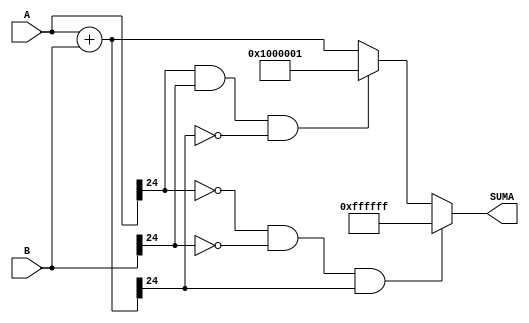
`timescale 1ns / 1ps
//////////////////////////////////////////////////////////////////////////////////
// Company: 
// Engineer: 
// 
// Design Name: 
// Module Name:    Suma 
// Project Name: 
// Target Devices: 
// Tool versions: 
// Description: 
//
// Dependencies: 
//
// Revision: 
// Revision 0.01 - File Created
// Additional Comments: 
//
//////////////////////////////////////////////////////////////////////////////////
module Suma
#(parameter N = 25)
(
	input wire [N-1:0] A, B,
	output reg [N-1:0] SUMA
    );

reg [N-1:0] SUMAAux;

always @*
	SUMAAux = A+B;
	
always @*
	if (A[24] == 0 && B[24] == 0 && SUMAAux[24] == 1)
		SUMA = 25'b0111111111111111111111111;
	else if (A[24] == 1 && B[24] == 1 && SUMAAux[24] == 0)
		SUMA = 25'b1000000000000000000000001;
	else
		SUMA = SUMAAux;
		

endmodule